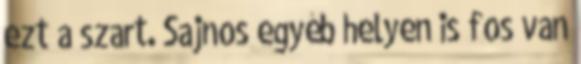
ezt a szart. Sajnos egyéb helyen is fos van